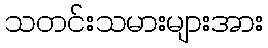
သတင်းသမားများအား